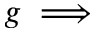
g \implies